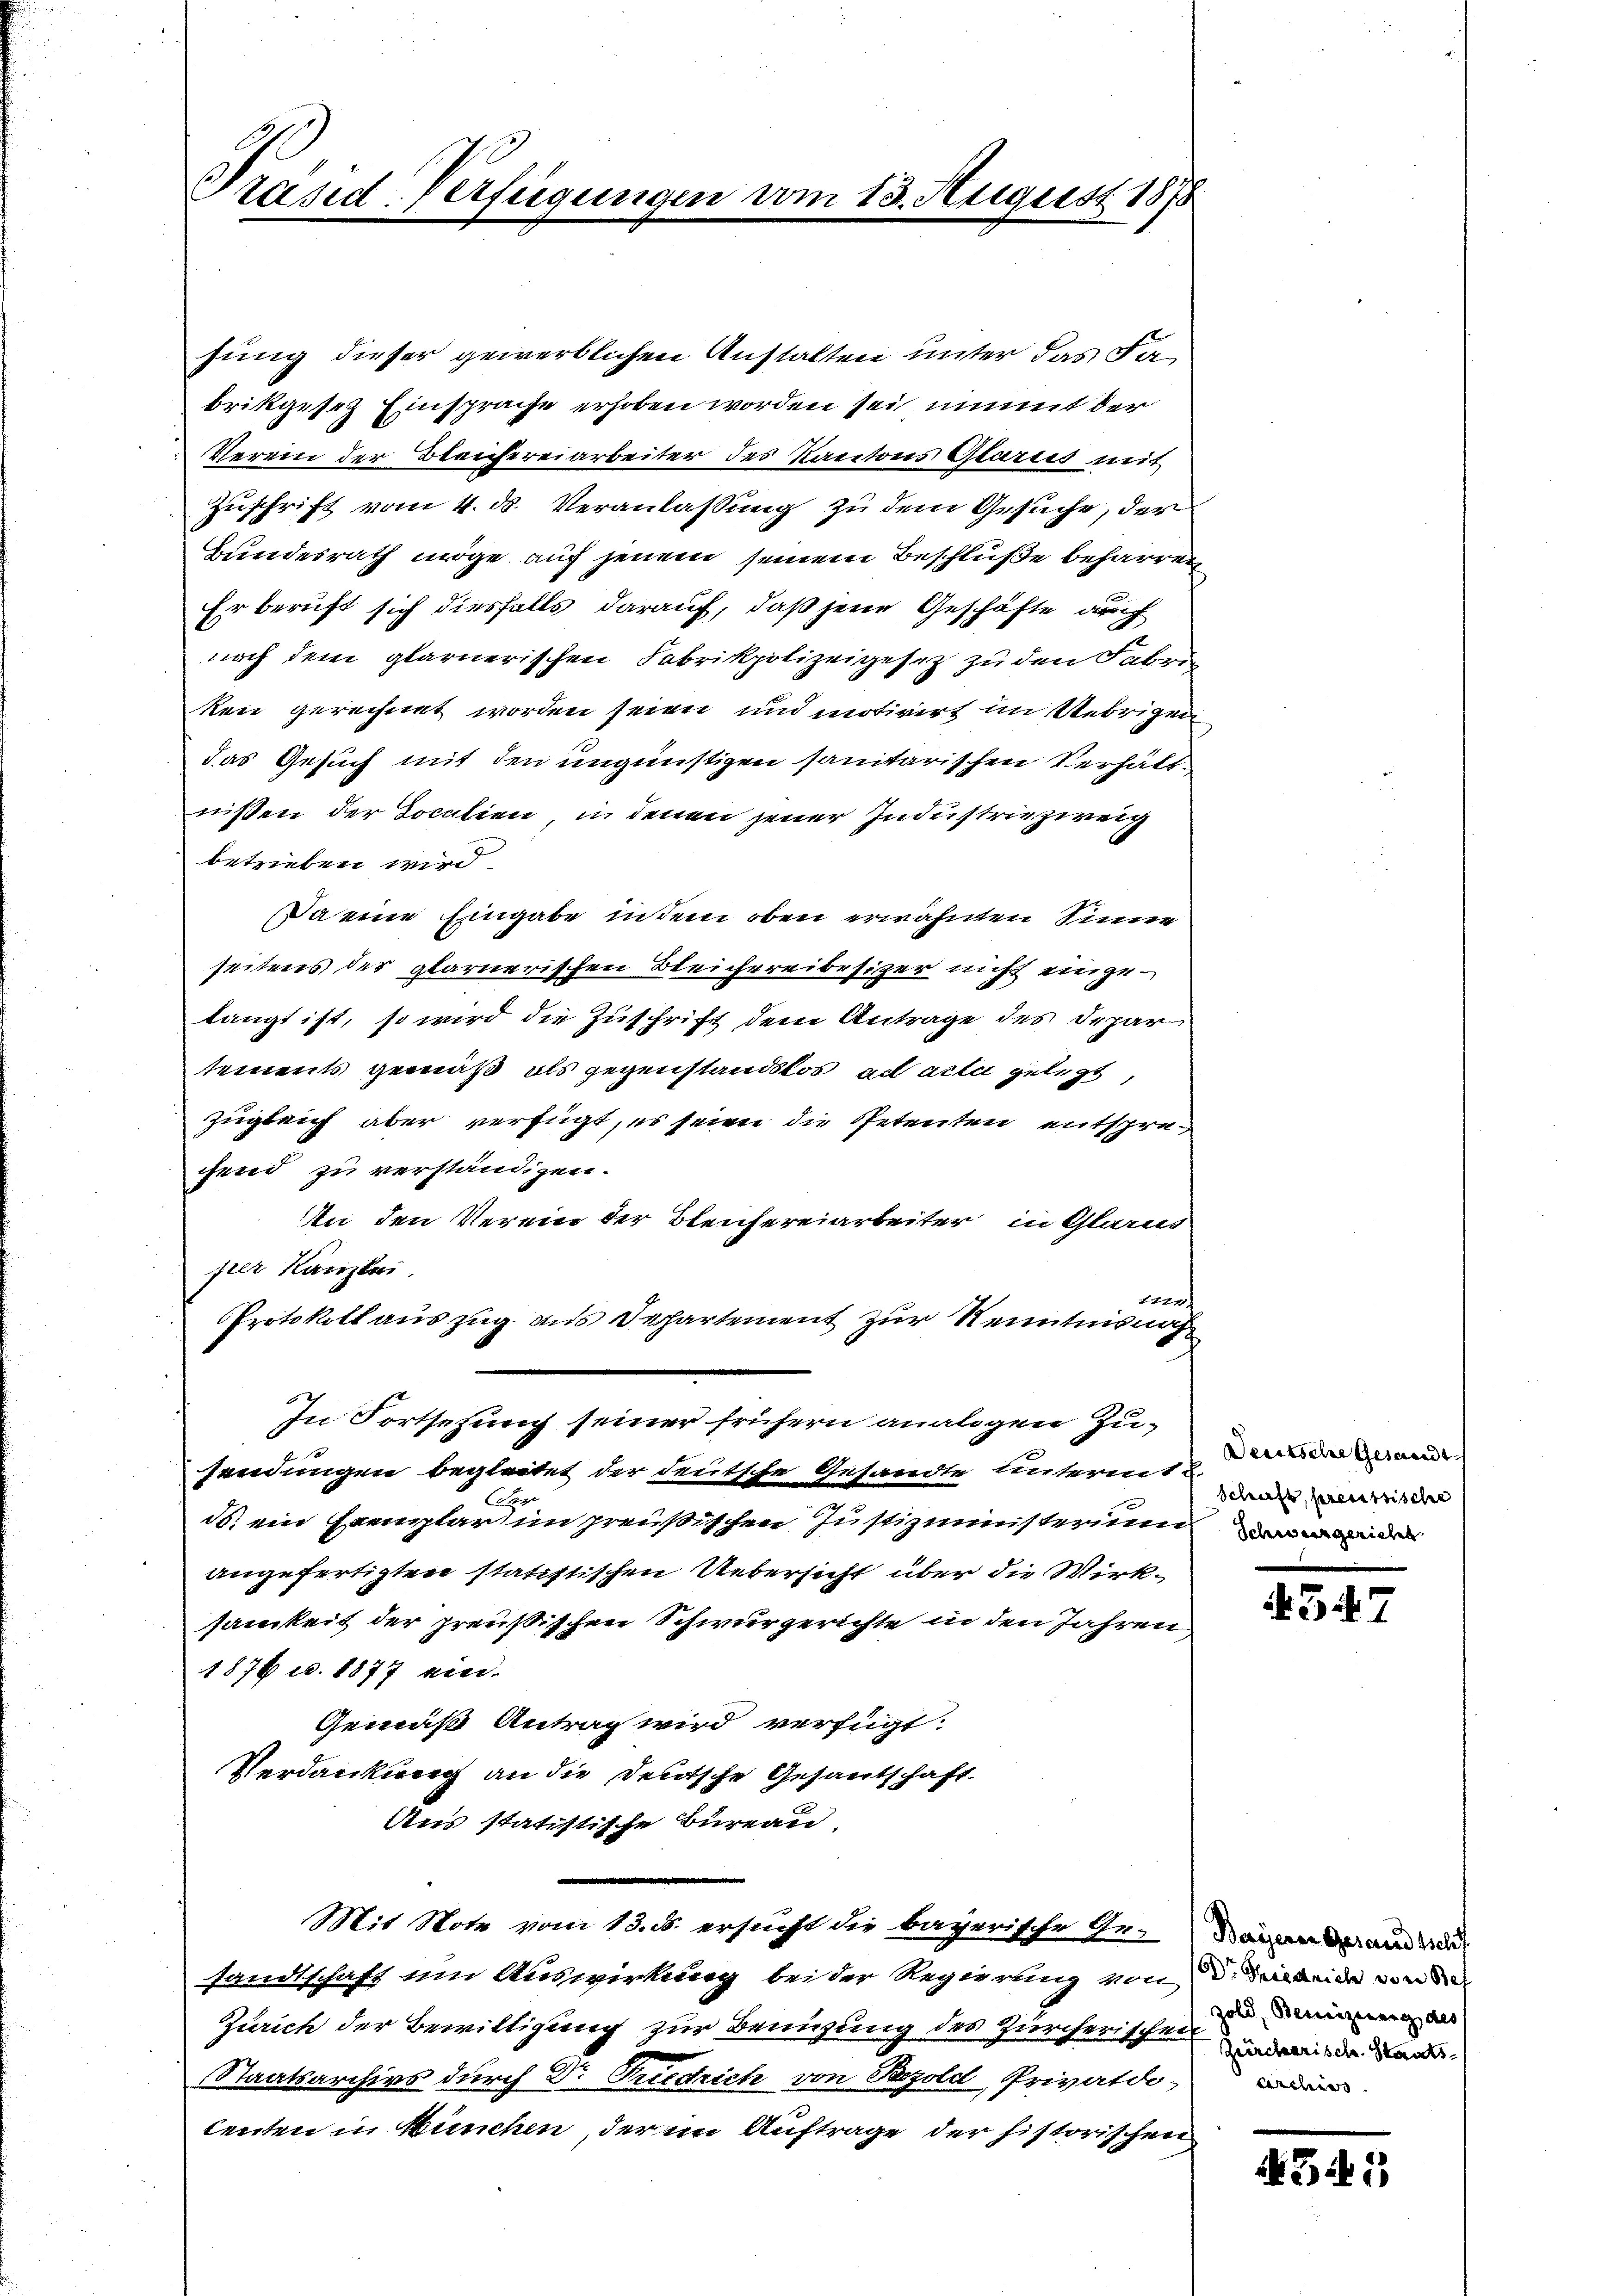
Präsid. Verfügungen

fung dieser gewerblichen Anstalten unter das Fabrikgesez Einsprache erhoben worden sei nimit der
Verein der Bleichereiarbeiter des Kantons Glarus mit
Zuschrift vom 4. ds. Veranlassung zu dem Gesuche, der
Bundesrath möge auch jenem seinem Beschluße beharren
Er beruft sich diesfalls darauf, daß jene Geschäfte auch
nach dem glarnerischen Fabrikpolizeigesetz zu den Fabri
ken gerechnet worden seien und motivirt im Uebrigen
das Gesuch mit den ungünstigen sanitarischen Verhältnißen der Localien in denen jener Industriezweig
betrieben wird.
Da eine Eingabe in dem oben erwähnten Sinne
seitens der glarnerischen Bleichereibesizer nicht eingelangt ist, so wird die Zuschrift dem Antrage des Depar
tements gemäß als gegenstandslos ad acta gelegt,
Zugleich aber verfügt, es seien die Petenten entsprefend zu verständigen.
In den Verein der Bleichereiarbeiter in Glarus
per Kanzlei.
1224
Protokoll auszug aus Departement zur Kenntnisnah
In Fortsetzung seiner frühern analogen Zusendungen begleitet der deutsche Gesandte untermit u.
ds. ein Exemplaren preußischen Justizministerium
angefertigten statistischen Uebersicht über die Wirksamkeit der preußischen Schwurgerichte in den Jahren
1876 c. 1877 ein.
Gemäß Antrag wird verfügt:
Verdankung an die Deutsche Gesantschaft.
Aus statistische Bureau,
Mit Note vom 13. ds. ersucht die bayerische Ge-Waisen der und de
sandtschaft um Auswirkung bei der Regierung von d. die in
Zürich der Bewilligung zur Benuzung des Zürcherischen inde au
Staatsarchivs durch Dr. Puedrich von Szold, Privatdo, wir
leuten in München, der im Auftrage der historischen

3. August 1878

Deutsche Gesandt
schaft, preussische

57

Zold, Bennizirung des

541